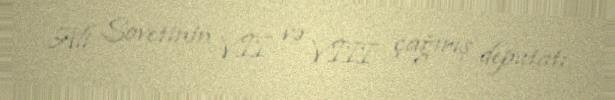
Ali Sovetinin VII və VIII çağırış deputatı.